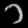
Digit: ၁